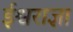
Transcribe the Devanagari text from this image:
ईश्वराज्ञा